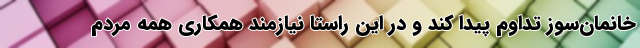
خانمان‌سوز تداوم پیدا کند و در این راستا نیازمند همکاری همه مردم